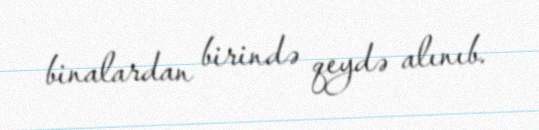
binalardan birində qeydə alınıb.